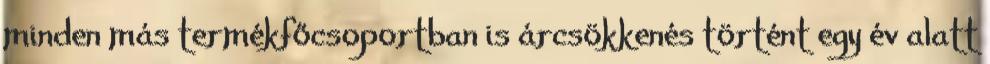
minden más termékfőcsoportban is árcsökkenés történt egy év alatt